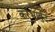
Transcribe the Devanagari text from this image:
करंभार्बुद